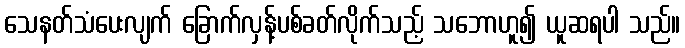
သေနတ်သံပေးလျက် ခြောက်လှန့်ပစ်ခတ်လိုက်သည့် သဘောဟူ၍ ယူဆရပါ သည်။